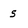
Character: s